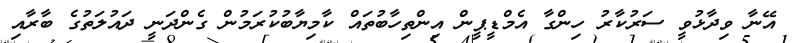
އޭނާ ވިދާޅުވީ ސަރުކާރު ހިންގާ އެމްޑީޕީން އިންތިހާބުތައް ކާމިޔާބުކުރަމުން ގެންދަނީ ދައުލަތުގެ ބާރާއި